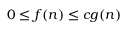
0 \leq f ( n ) \leq c g ( n )